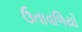
ઉતાવળિયો